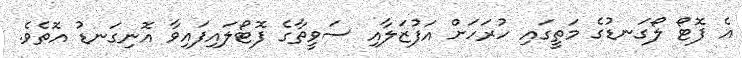
އެ ފޮޓޯ ލޯގަނޑުގެ މަތީގައި ހުރަހަށް އަފުޒަލާއި ސަވީތާގެ ފޮޓޯލައިފައިވާ އޮނިގަނޑު އޮތެވެ.